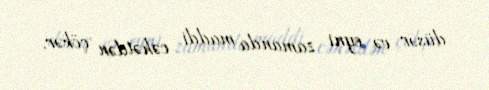
düşər və eyni zamanda maddi cəhətdən çökər.